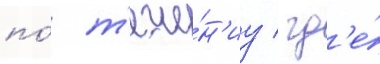
по́ т'ече́н'иу / гд'е́